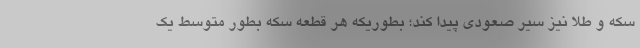
سکه و طلا نیز سیر صعودی پیدا کند؛ بطوریکه هر قطعه سکه بطور متوسط یک